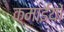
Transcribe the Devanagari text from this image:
कमाईयों